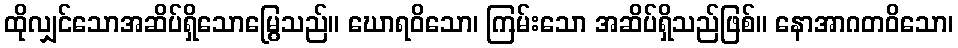
ထိုလျှင်သောအဆိပ်ရှိသောမြွေသည်။ ဃောရဝိသော၊ ကြမ်းသော အဆိပ်ရှိသည်ဖြစ်။ နောအာဂတဝိသော၊